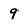
Character: 9